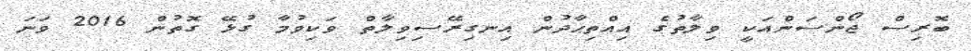
ބޮރިސް ޖޯންސަންއަކީ ވިލާތުގެ އިއްތިޙާދުން އިނގިރޭސިވިލާތް ވަކިވުމާ ގުޅޭ ގޮތުން 2016 ވަނަ